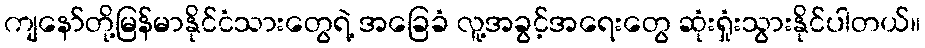
ကျနော်တို့မြန်မာနိုင်ငံသားတွေရဲ့ အခြေခံ လူ့အခွင့်အရေးတွေ ဆုံးရှုံးသွားနိုင်ပါတယ်။